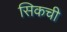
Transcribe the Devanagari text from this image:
सिकची